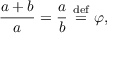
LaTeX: { \frac { a + b } { a } } = { \frac { a } { b } } \ { \stackrel { \mathrm { d e f } } { = } } \ \varphi ,